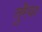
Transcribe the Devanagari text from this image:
तुरैया